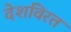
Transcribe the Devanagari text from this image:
देशविरत